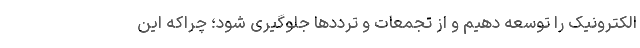
الکترونیک را توسعه دهیم و از تجمعات و ترددها جلوگیری شود؛ چراکه این